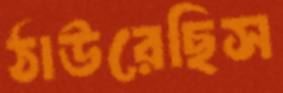
ঠাউরেছিস